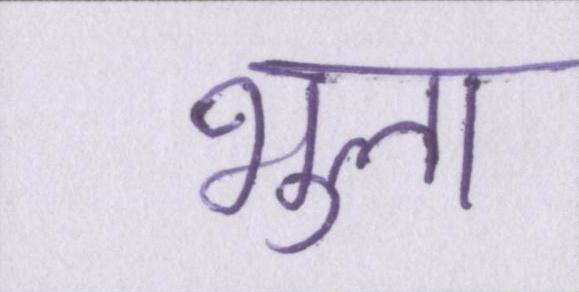
भुला